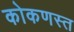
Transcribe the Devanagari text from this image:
कोकणस्त